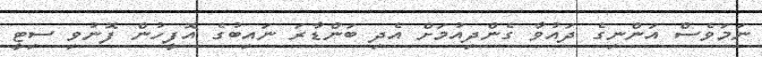
ނަމަވެސް އަންނިގެ ދައުވާ ގެންދިއުމަށް އެދި ބަންޑާރަ ނައިބުގެ އޮފީހުން ފޮނުވި ސިޓީ